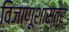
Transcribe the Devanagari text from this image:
विजाणूशास्त्र